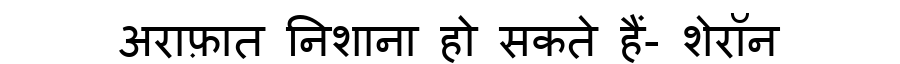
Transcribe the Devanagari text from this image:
अराफ़ात निशाना हो सकते हैं- शेरॉन